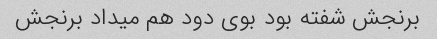
برنجش شفته بود بوی دود هم میداد برنجش